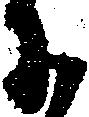
于